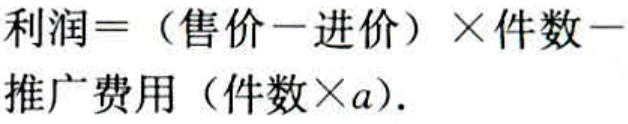
利润 = （售价 - 进价）×件数 - 推广费用（件数×a）.